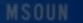
MSOUN